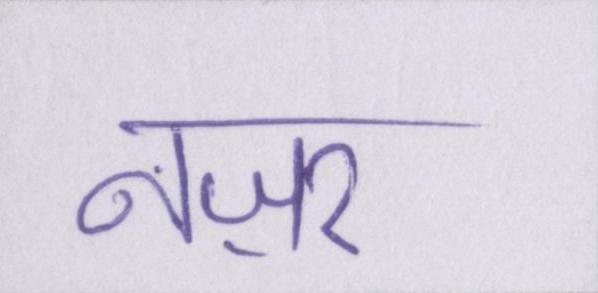
नज़र